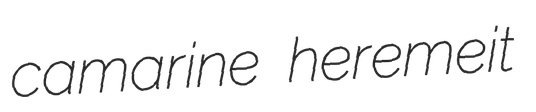
camarine heremeit